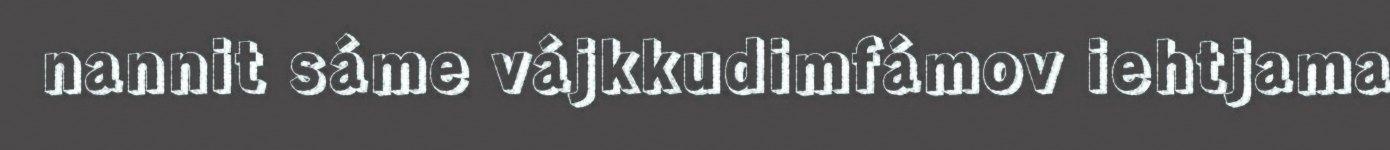
nannit sáme vájkkudimfámov iehtjama